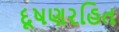
દૂષણરહિત